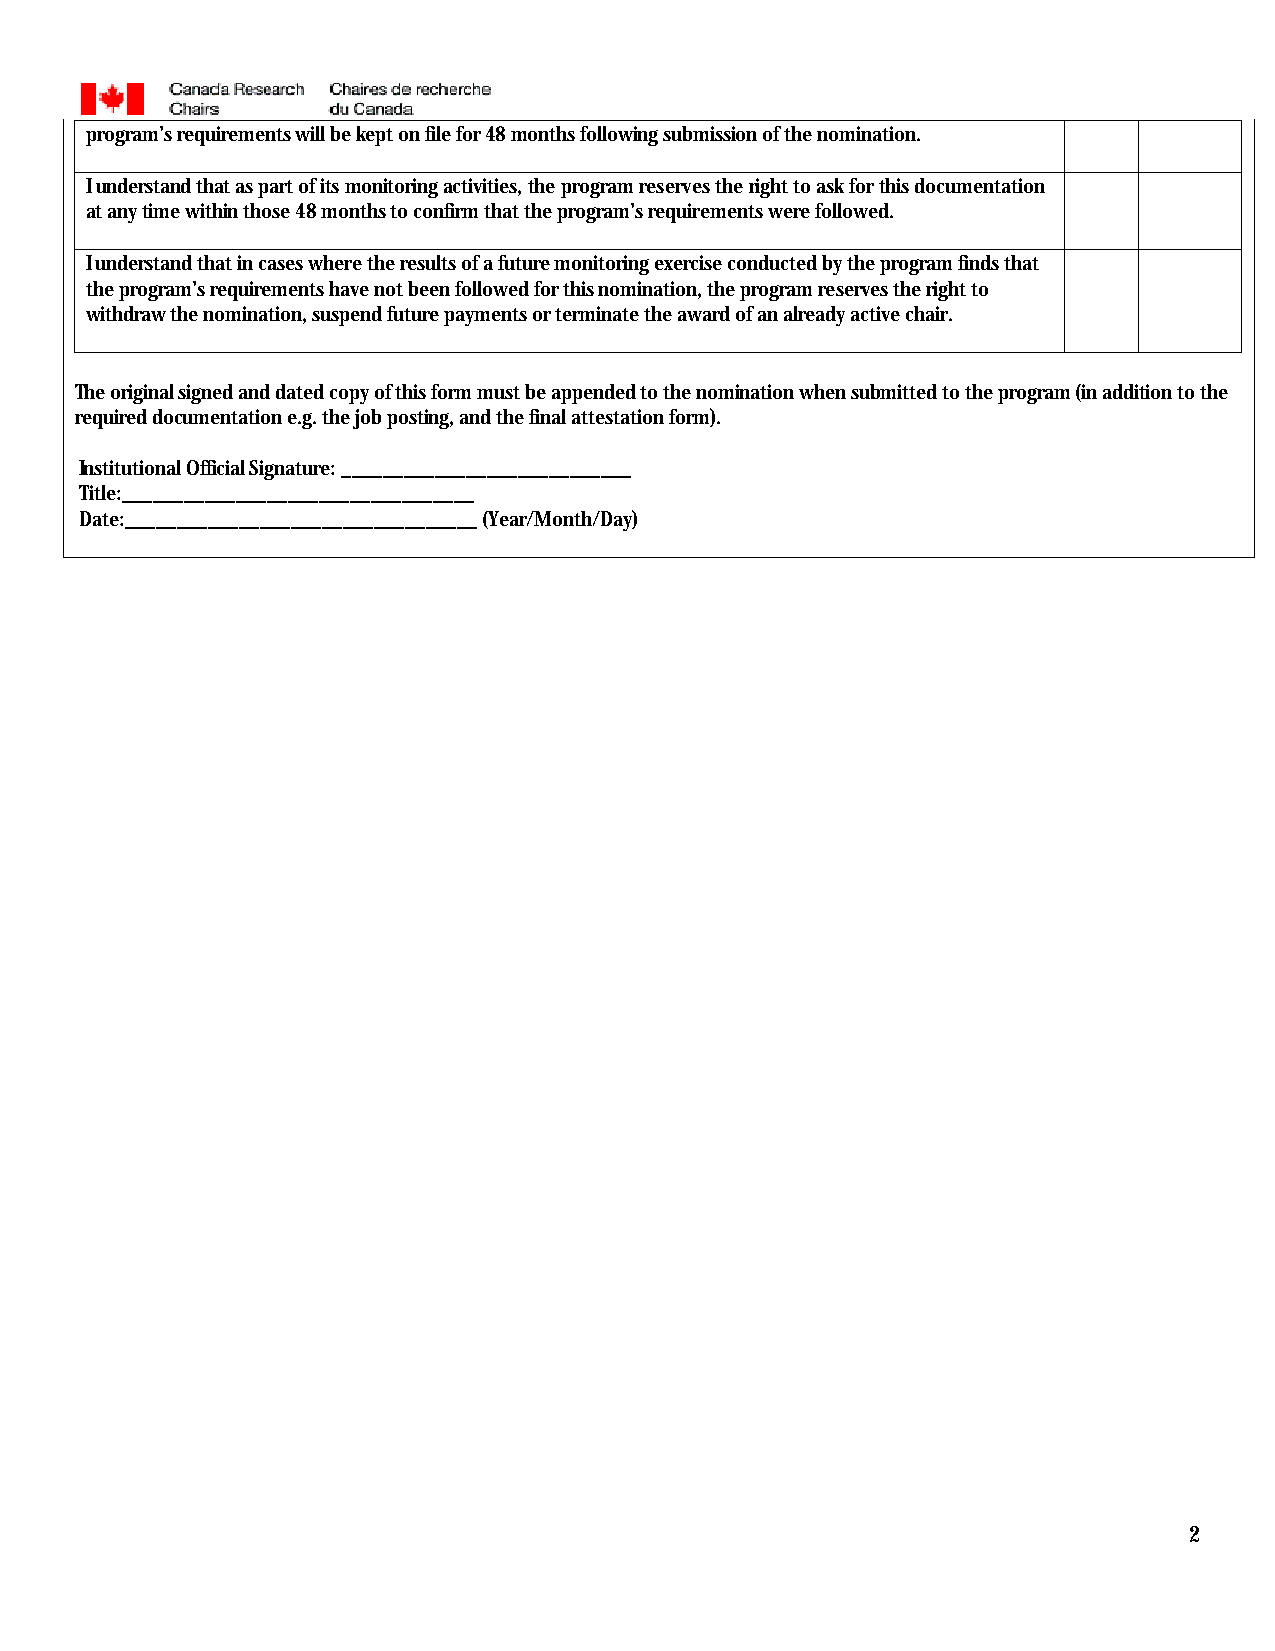
program’s requirements will be kept on file for 48 months following submission of the nomination.
 I understand that as part of its monitoring activities, the program reserves the right to ask for this documentation
 at any time within those 48 months to confirm that the program’s requirements were followed.
 I understand that in cases where the results of a future monitoring exercise conducted by the program finds that
 the program’s requirements have not been followed for this nomination, the program reserves the right to
 withdraw the nomination, suspend future payments or terminate the award of an already active chair.
 The original signed and dated copy of this form must be appended to the nomination when submitted to the program (in addition to the
 required documentation e.g. the job posting, and the final attestation form).
 Institutional Official Signature: ____________________________
 Title:__________________________________
 Date:__________________________________ (Year/Month/Day)
 2